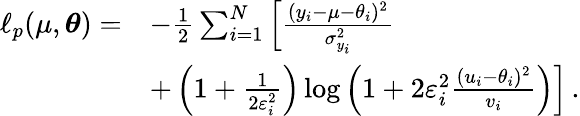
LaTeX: \begin{array}{rl}{\ell_{p}(\mu,\boldsymbol{\theta})=}&{-\frac{1}{2}\sum_{i=1}^{N}\left[\frac{(y_{i}-\mu-\theta_{i})^{2}}{\sigma_{y_{i}}^{2}}\right.}\\ &{\left.+\left(1+\frac{1}{2\varepsilon_{i}^{2}}\right)\log\left(1+2\varepsilon_{i}^{2}\frac{(u_{i}-\theta_{i})^{2}}{v_{i}}\right)\right]\, .}\end{array}